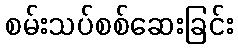
စမ်းသပ်စစ်ဆေးခြင်း